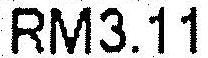
RM3.11